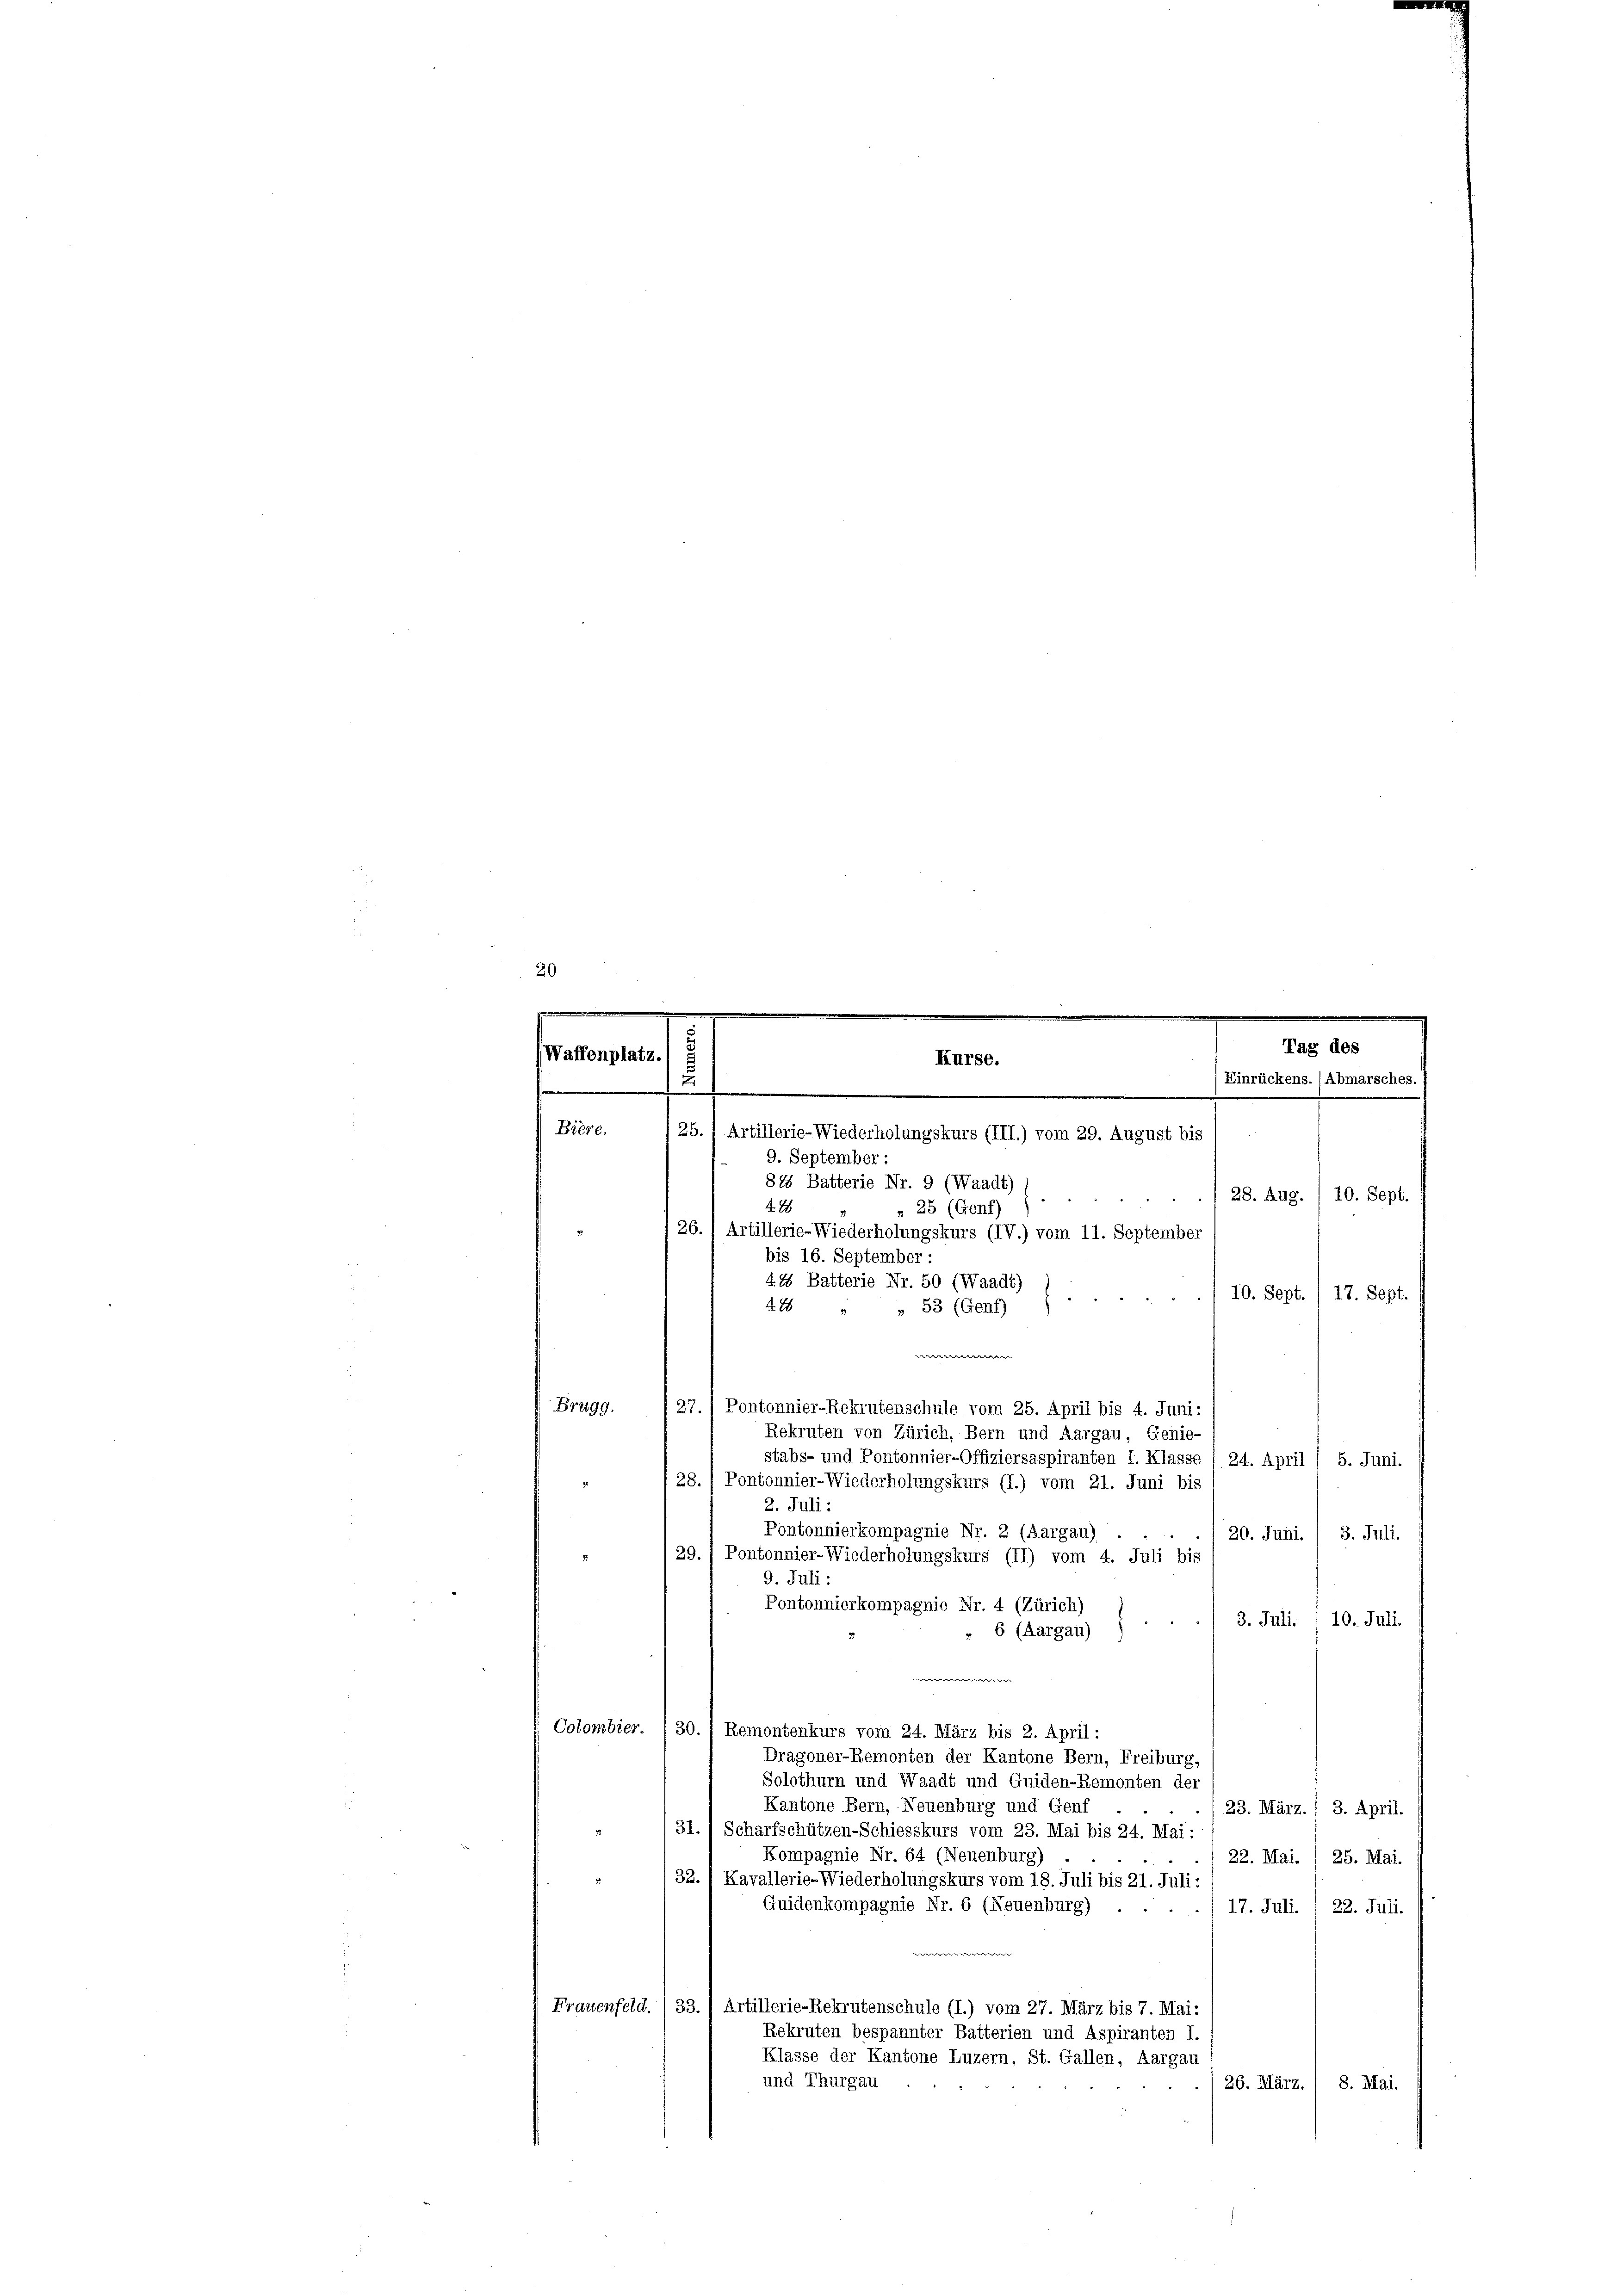
20
.
.

Tag des
Waffenplatz
Kurse.

e

.

e
Einrückens. (Abmarsches.)
25.) Artillerie-Wiederholungskurs (III.) vom 29. August bis

.
Bière.
9. September:
828 Batterie Nr. 9 (Waadt)
28. Aug. 10. Sept.
428
» 25 (Genf)
126.) Artillerie-Wiederholungskurs (IV.) vom 11. September
bis 16. September
44 Batterie Nr. 50 (Waadt)
10. Sept. / 17. Sept.
28
53 (Genf)
e
Brugg.
 27. 1 Pontonnier-Rekrutenschule vom 25. April bis 4. Juni:
Rekruten von Zürich, Bern und Aargau, Genie-
stabs- und Pontonnier-Offiziersaspiranten I. Klasse (24. April / 5. Juni.
28., Pontonnier-Wiederholungskurs (I.) vom 21. Juni bis
2. Juli:
Pontonnierkompagnie Nr. 2 (Aargau) .
3. Juli.
20. Juni.
e
29. / Pontonnier-Wiederholungskurs (II) vom 4. Juli bis
9. Juli:
Pontonnierkompagnie Nr. 4 (Zürich)
3. Juli.
10. Juli.
6 (Aargau)
Colombier. (30. 1 Remontenkurs vom 24. März bis 2. April:
Dragoner-Remonten der Kantone Bern, Freiburg,
Solothurn und Waadt und Guiden-Remonten der
Kantone Bern, Neuenburg und Genf
23. März. / 3. April.
31.) Scharfschützen-Schiesskurs vom 23. Mai bis 24. Mai:
Kompagnie Nr. 64 (Neuenburg)
22. Mai. 1 25. Mai.
132. 1 Kavallerie-Wiederholungskurs vom 18. Juli bis 21. Juli:
Quidenkompagnie Nr. 6 (Neuenburg)
17. Juli. /22. Juli.
Frauenfeld. I 33.) Artillerie-Rekrutenschule (I.) vom 27. März bis 7. Mai:
Rekruten bespannter Batterien und Aspiranten I.
Klasse der Kantone Luzern, St. Gallen, Aargau
und Thurgau
26. März. 1 8. Mai.